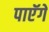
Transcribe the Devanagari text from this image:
पाएॅगें